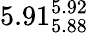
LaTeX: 5.91_{5.88}^{5.92}